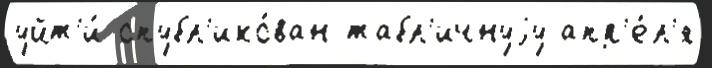
уйт'и́ опубл'ико́ван табл'ичнуjу апр'е́л'я